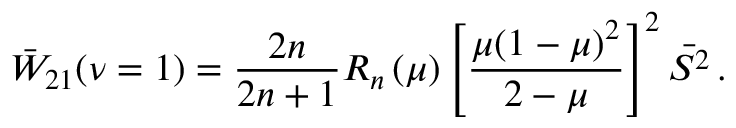
\bar { W } _ { 2 1 } ( \nu = 1 ) = \frac { 2 n } { 2 n + 1 } R _ { n } \left( \mu \right) \left[ \frac { \mu ( 1 - \mu ) ^ { 2 } } { 2 - \mu } \right] ^ { 2 } \bar { S ^ { 2 } } \, .